Document type: Oath
Year: 1447
Scribe: Pere Figuerola
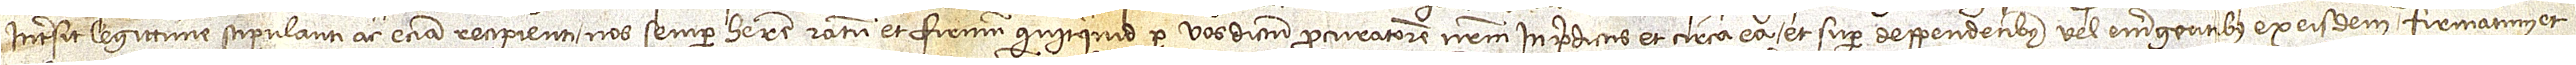
intersit legittime stipulanti ac etiam recipienti nos semper habere ratum et firmum quicquid per vos dictum procuratorem nostrum in predictis et circa ea et super deppendentibus vel emergentibus ex eisdem firmatum et